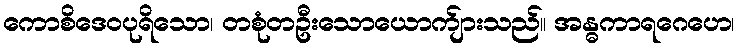
ကောစိဒေဝပုရိသော၊ တစုံတဦးသောယောက်ျားသည်။ အန္ဓကာရဂေဟေ၊